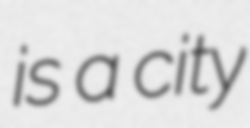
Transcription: is a city